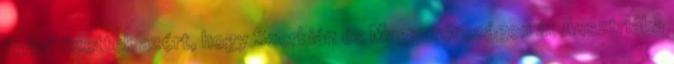
forint fizettek azért, hogy Szerbián és Magyarországon át Ausztriába